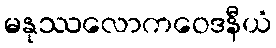
မနုဿလောကဝေဒနီယံ